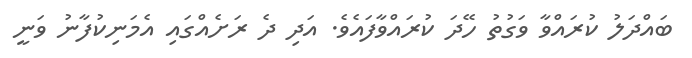
ބައްދަލު ކުރައްވާ ވަގުތު ހޭދަ ކުރައްވާފައެވެ. އަދި ދެ ރަށެއްގައި އެމަނިކުފާނު ވަނީ